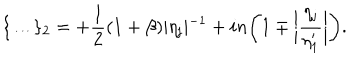
LaTeX: \{ \dots \} _ { 2 } = + \frac { 1 } { 2 } ( 1 + \beta ) \vert \eta _ { \mathrm { j } } \vert ^ { - 1 } + i n \biggl ( 1 \mp \biggl \vert \frac { \eta _ { \mathrm { j } } } { \eta _ { 1 } ^ { \prime } } \biggr \vert \biggr ) .